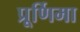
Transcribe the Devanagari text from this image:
प्रूर्णिमा